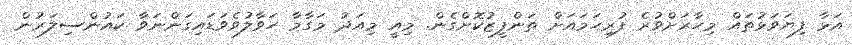
އަޅާ ފިޔަވަޅުތައް މިހާރަށްވުރެ ފުރިހަމައަށް ތަންފީޒުކޮށްގެން. މިއީ މިއަދު މަގާމާ ހަވާލުވެވަޑައިގަންނަވާ ކައުންސިލަރުން